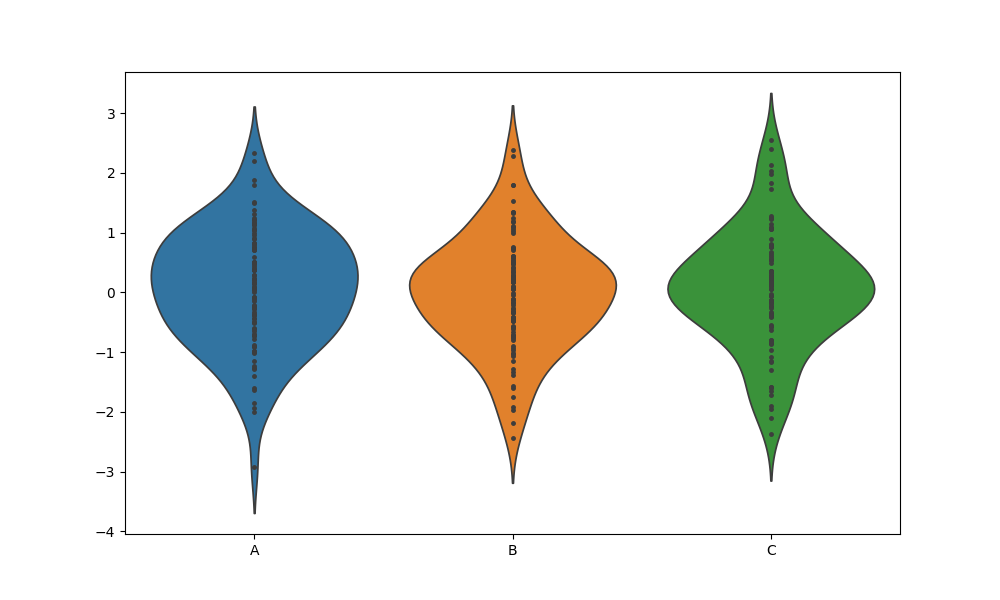
python, seaborn, violinplot, scale='count', split='False', inner='point', fill='True'